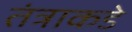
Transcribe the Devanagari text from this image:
तंत्राकडे